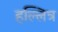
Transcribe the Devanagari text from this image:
हल्लित्र